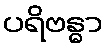
ပရိဗန္ဓာ